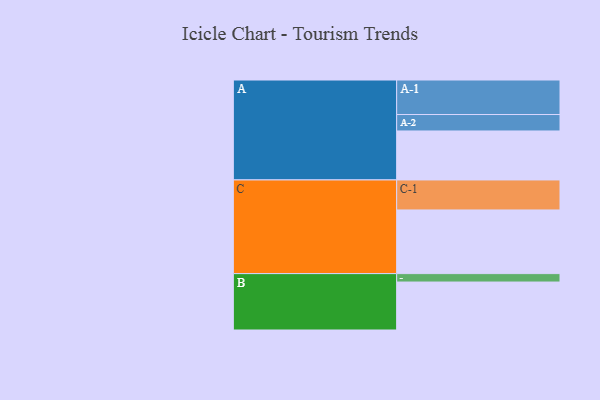
{"axis": {"x": "Segment", "y": "Value"}, "legend": ["", "A", "B", "C"], "data": [{"x": "A", "y": 390, "type": ""}, {"x": "B", "y": 382, "type": ""}, {"x": "C", "y": 507, "type": ""}, {"x": "A-1", "y": 275, "type": "A"}, {"x": "A-2", "y": 131, "type": "A"}, {"x": "B-1", "y": 67, "type": "B"}, {"x": "C-1", "y": 239, "type": "C"}]}